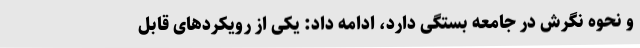
و نحوه نگرش در جامعه بستگی دارد، ادامه داد: یکی از رویکردهای قابل